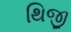
થિજી